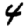
Digit: 4